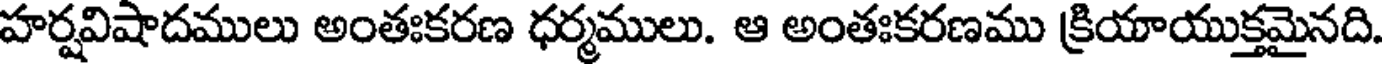
హర్షవిషాదములు అంతఃకరణ ధర్మములు. ఆ అంతఃకరణము క్రియాయుక్తమైనది.